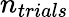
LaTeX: n_{trials}